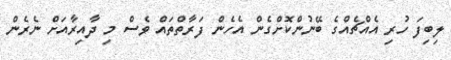
ލިބިފަ ހުރި އެއްޗެއްގެ ބޭނުންކޮށްގެން އެހެން ފަރާތްތައް ވެސް މި ދާއިރާއަށް ނެރެން